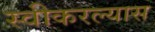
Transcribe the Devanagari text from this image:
स्वीकरल्यास